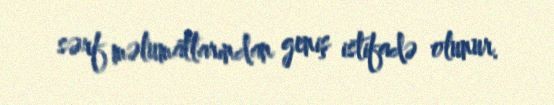
sərf məlumatlarından geniş istifadə olunur.